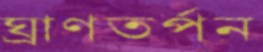
ঘ্রাণতর্পন